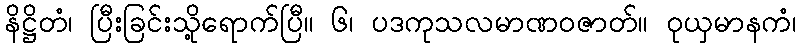
နိဋ္ဌိတံ၊ ပြီးခြင်းသို့ရောက်ပြီ။ ၆၊ ပဒကုသလမာဏဝဇာတ်။ ဝုယှမာနကံ၊